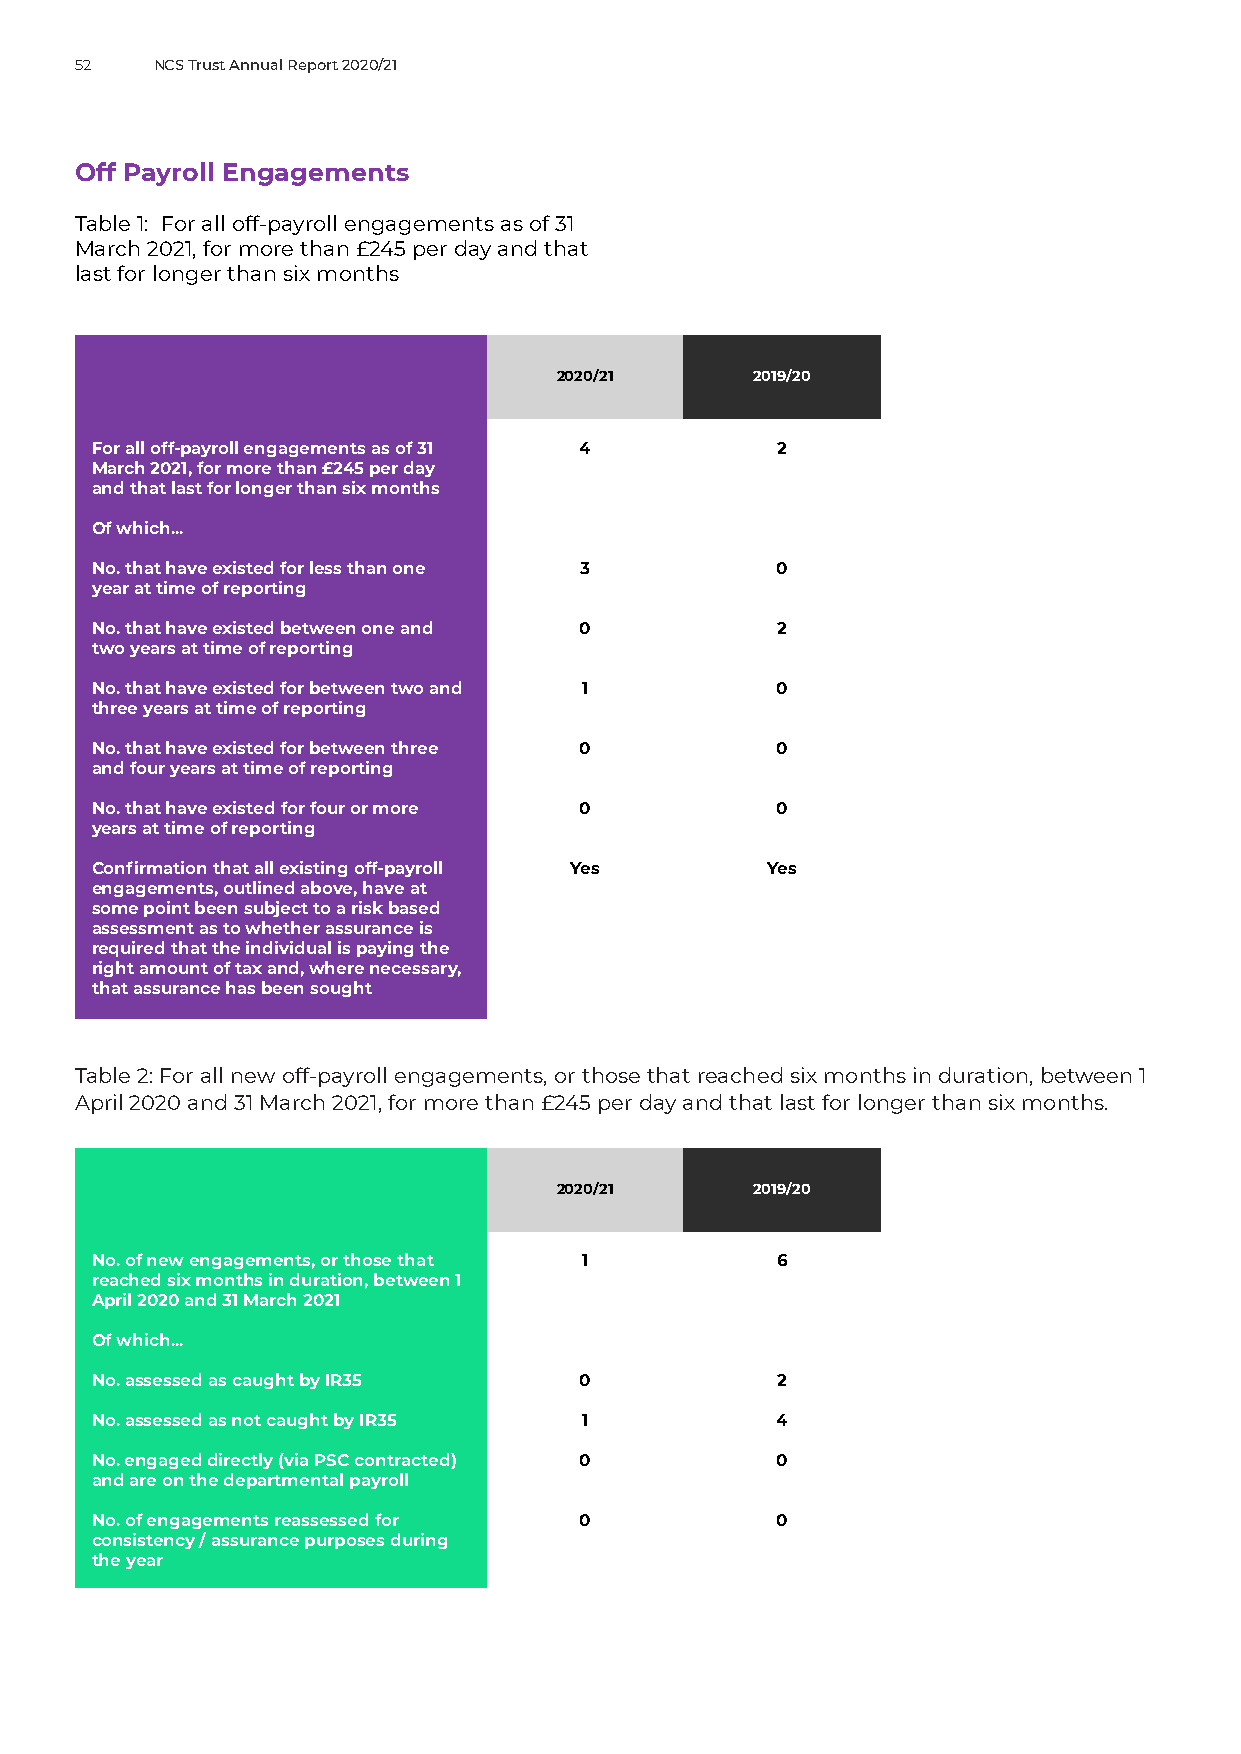
52   NCS Trust Annual Report 2020/21
 Off Payroll Engagements
 Table 1: For all off-payroll engagements as of 31
 March 2021, for more than £245 per day and that
 last for longer than six months
 2020/21      2019/20
 For all off-payroll engagements as of 31 4   2
 March 2021, for more than £245 per day
 and that last for longer than six months
 Of which...
 No. that have existed for less than one 3    0
 year at time of reporting
 No. that have existed between one and 0      2
 two years at time of reporting
 No. that have existed for between two and 1  0
 three years at time of reporting
 No. that have existed for between three 0    0
 and four years at time of reporting
 No. that have existed for four or more 0     0
 years at time of reporting
 Confirmation that all existing off-payroll Yes Yes
 engagements, outlined above, have at
 some point been subject to a risk based
 assessment as to whether assurance is
 required that the individual is paying the
 right amount of tax and, where necessary,
 that assurance has been sought
 Table 2: For all new off-payroll engagements, or those that reached six months in duration, between 1
 April 2020 and 31 March 2021, for more than £245 per day and that last for longer than six months.
 2020/21      2019/20
 No. of new engagements, or those that 1      6
 reached six months in duration, between 1
 April 2020 and 31 March 2021
 Of which...
 No. assessed as caught by IR35  0            2
 No. assessed as not caught by IR35 1         4
 No. engaged directly (via PSC contracted) 0  0
 and are on the departmental payroll
 No. of engagements reassessed for 0          0
 consistency / assurance purposes during
 the year